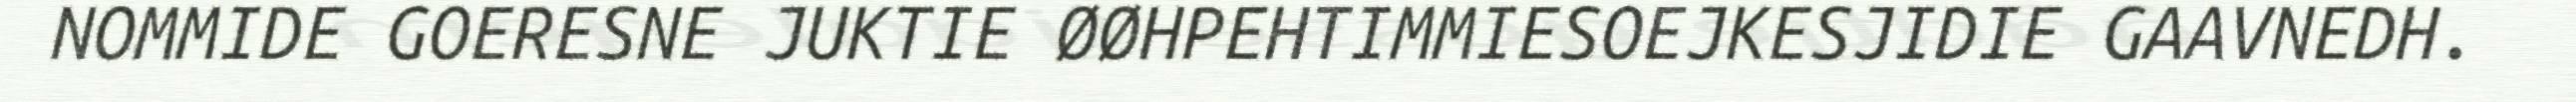
NOMMIDE GOERESNE JUKTIE ØØHPEHTIMMIESOEJKESJIDIE GAAVNEDH.